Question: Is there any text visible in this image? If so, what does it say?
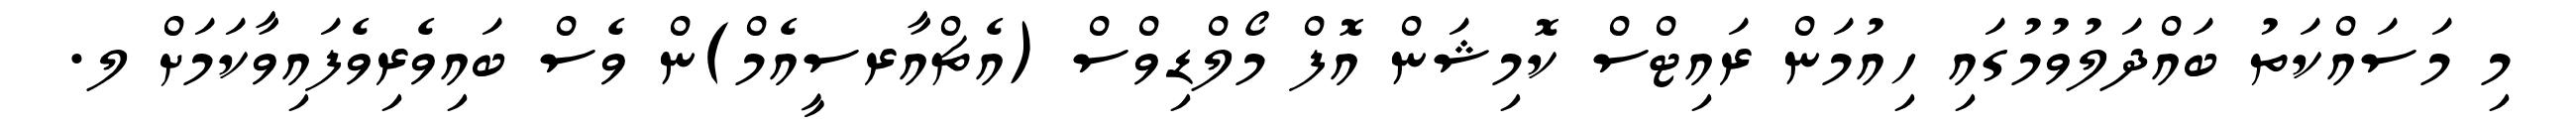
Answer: މި މަސައްކަތު ބައްދަލުވުމުގައި ހިއުމަން ރައިޓްސް ކޮމިޝަން އޮފް މޯލްޑިވްސް (އެޗްއާރސީއެމް)ން ވެސް ބައިވެރިވެފައިވާކަމަށް ލ.